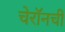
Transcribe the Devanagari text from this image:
चेरॉनची